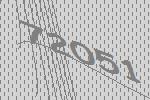
72051